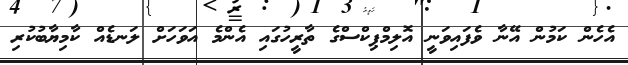
އެހެން ކަމުން އޭނާ ވެފައިވަނީ އޮލިމްޕިކްސްގެ ތާރީހުގައި އެންމެ އަވަހަށް ލަނޑެއް ކާމިޔާބުކުރި